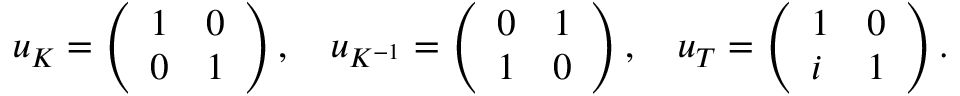
\begin{array} { r } { \boldsymbol { u } _ { K } = \left( \begin{array} { l l } { 1 } & { 0 } \\ { 0 } & { 1 } \end{array} \right) , \quad \boldsymbol { u } _ { K ^ { - 1 } } = \left( \begin{array} { l l } { 0 } & { 1 } \\ { 1 } & { 0 } \end{array} \right) , \quad \boldsymbol { u } _ { T } = \left( \begin{array} { l l } { 1 } & { 0 } \\ { i } & { 1 } \end{array} \right) . } \end{array}